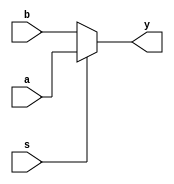
module comparator(s,a,b,y);
input s,a,b;
output y;

assign y=(s==1)?a:b;

endmodule